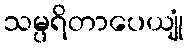
သမ္ပရိတာပေယျုံ